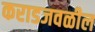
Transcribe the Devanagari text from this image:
कराडजवळील